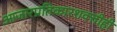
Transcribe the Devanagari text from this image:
आजारप्रतिकारशक्तीही